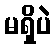
မရှိပဲ